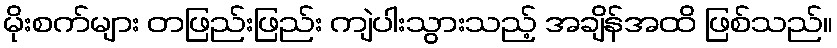
မိုးစက်များ တဖြည်းဖြည်း ကျဲပါးသွားသည့် အချိန်အထိ ဖြစ်သည်။